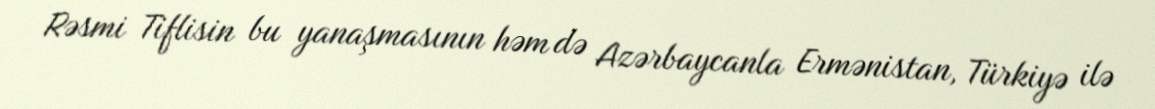
Rəsmi Tiflisin bu yanaşmasının həm də Azərbaycanla Ermənistan, Türkiyə ilə